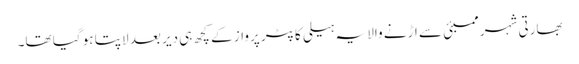
بھارتی شہر ممبئی سے اڑنے والا یہ ہیلی کاپٹر پرواز کے کچھ ہی دیر بعد لاپتا ہو گیا تھا۔